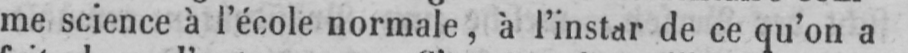
me science à l’école normale, à l’instar de ce qu’on a